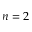
n = 2